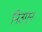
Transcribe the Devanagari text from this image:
निउएन